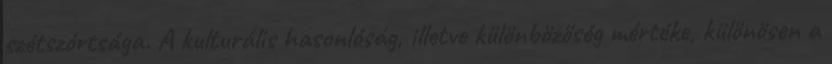
szétszórtsága. A kulturális hasonlóság, illetve különbözőség mértéke, különösen a